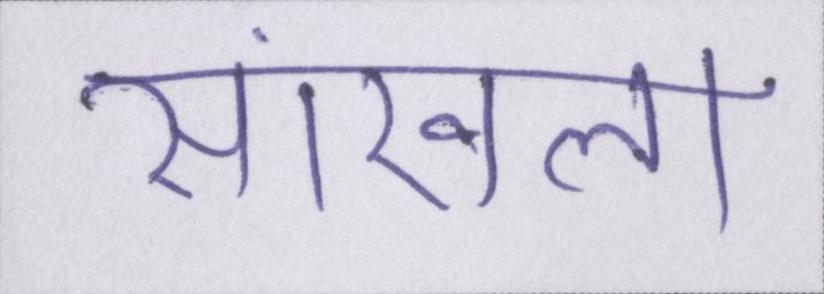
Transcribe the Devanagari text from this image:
सांखला